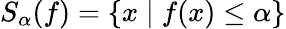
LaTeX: S_{\alpha}(f)=\{ x\mid f(x)\leq\alpha\}